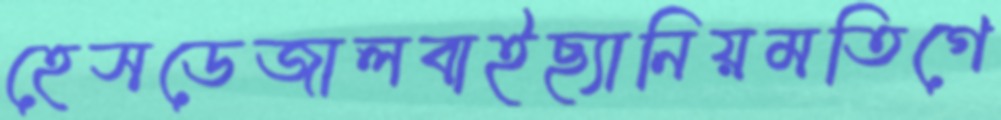
হেসডেজালবাইছ্যানিয়মতিগে